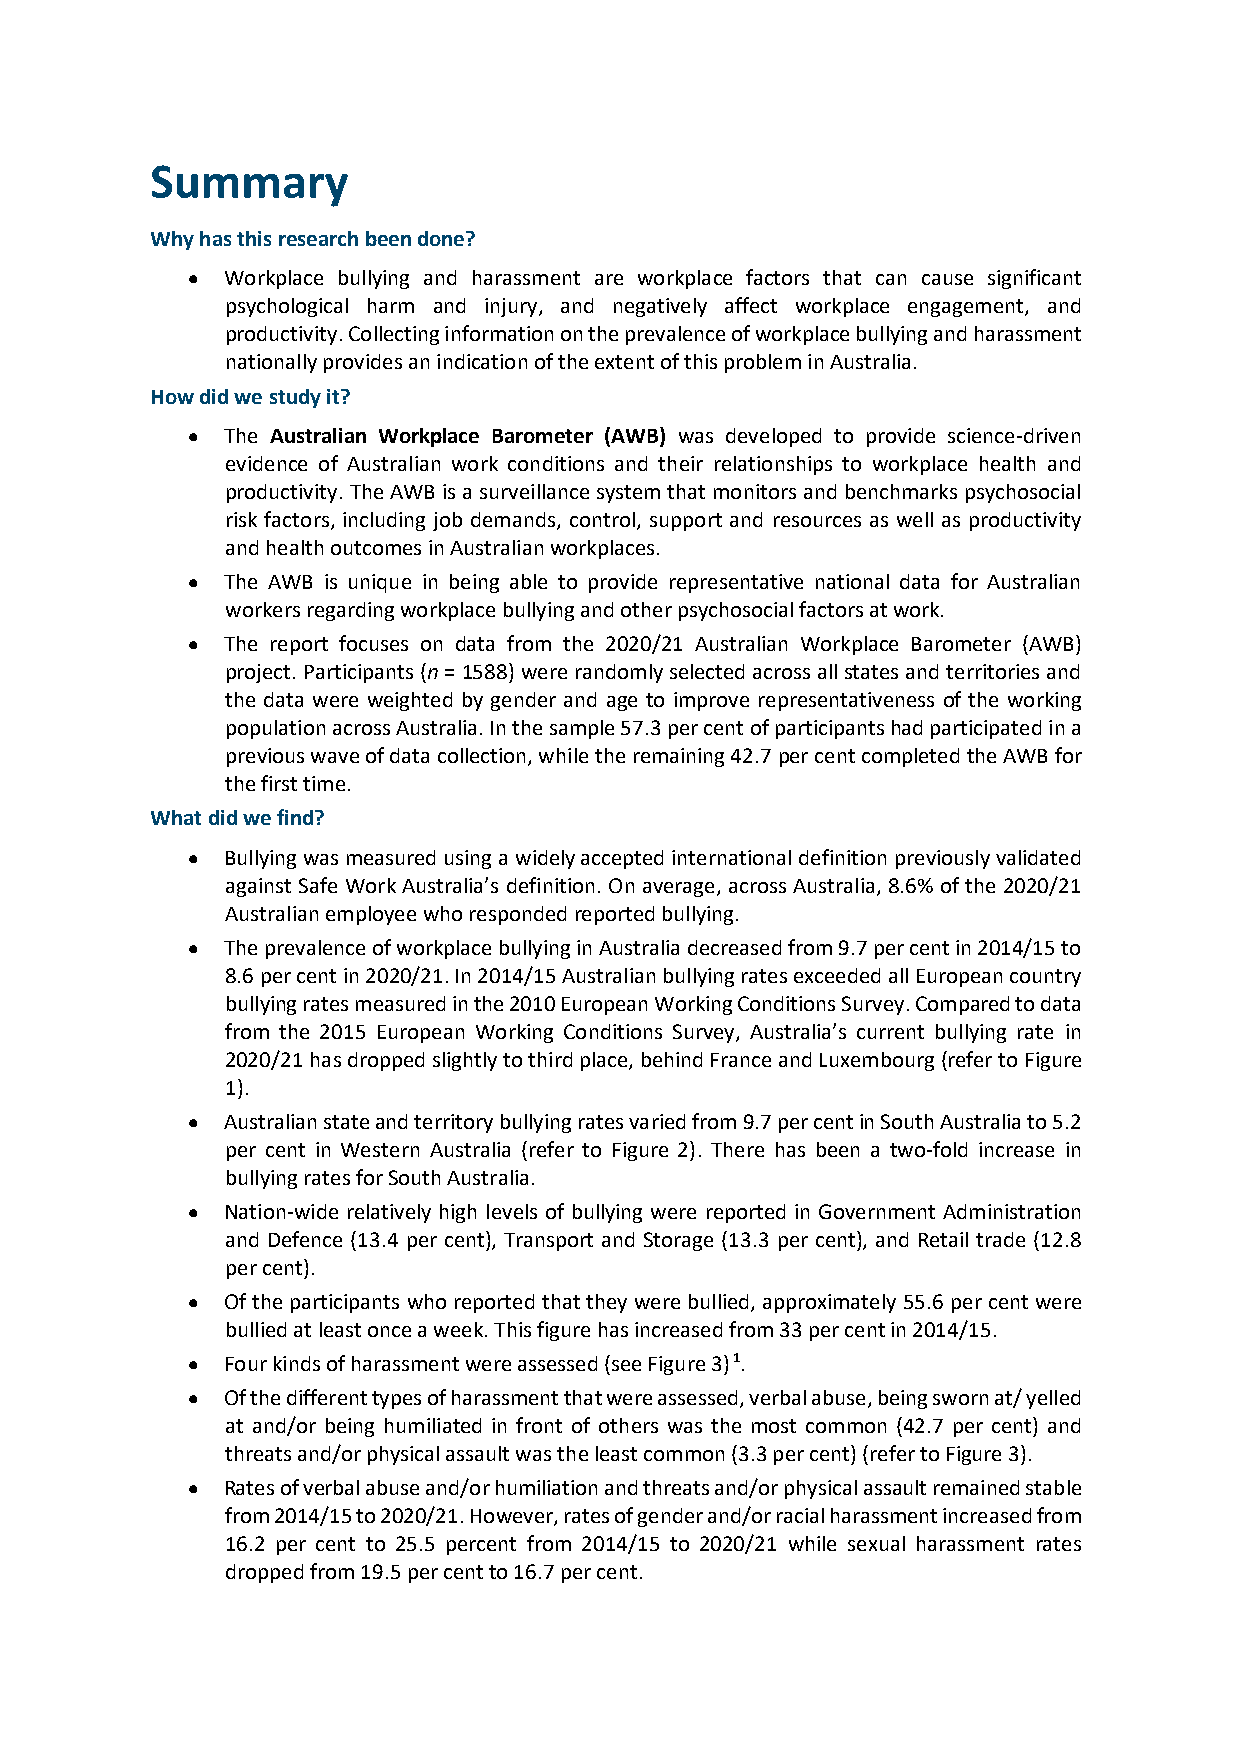
Summary
 Why has this research been done?
 •  Workplace bullying and harassment are workplace factors that can cause significant
 psychological harm and injury, and negatively affect workplace engagement, and
 productivity. Collecting information on the prevalence of workplace bullying and harassment
 nationally provides an indication of the extent of this problem in Australia.
 How did we study it?
 •  The Australian Workplace Barometer (AWB) was developed to provide science-driven
 evidence of Australian work conditions and their relationships to workplace health and
 productivity. The AWB is a surveillance system that monitors and benchmarks psychosocial
 risk factors, including job demands, control, support and resources as well as productivity
 and health outcomes in Australian workplaces.
 •  The AWB is unique in being able to provide representative national data for Australian
 workers regarding workplace bullying and other psychosocial factors at work.
 •  The report focuses on data from the 2020/21 Australian Workplace Barometer (AWB)
 project. Participants (n = 1588) were randomly selected across all states and territories and
 the data were weighted by gender and age to improve representativeness of the working
 population across Australia. In the sample 57.3 per cent of participants had participated in a
 previous wave of data collection, while the remaining 42.7 per cent completed the AWB for
 the first time.
 What did we find?
 •  Bullying was measured using a widely accepted international definition previously validated
 against Safe Work Australia’s definition. On average, across Australia, 8.6% of the 2020/21
 Australian employee who responded reported bullying.
 •  The prevalence of workplace bullying in Australia decreased from 9.7 per cent in 2014/15 to
 8.6 per cent in 2020/21. In 2014/15 Australian bullying rates exceeded all European country
 bullying rates measured in the 2010 European Working Conditions Survey. Compared to data
 from the 2015 European Working Conditions Survey, Australia’s current bullying rate in
 2020/21 has dropped slightly to third place, behind France and Luxembourg (refer to Figure
 1).
 •  Australian state and territory bullying rates varied from 9.7 per cent in South Australia to 5.2
 per cent in Western Australia (refer to Figure 2). There has been a two-fold increase in
 bullying rates for South Australia.
 •  Nation-wide relatively high levels of bullying were reported in Government Administration
 and Defence (13.4 per cent), Transport and Storage (13.3 per cent), and Retail trade (12.8
 per cent).
 •  Of the participants who reported that they were bullied, approximately 55.6 per cent were
 bullied at least once a week. This figure has increased from 33 per cent in 2014/15.
 •  Four kinds of harassment were assessed (see Figure 3) 1.
 •  Of the different types of harassment that were assessed, verbal abuse, being sworn at/ yelled
 at and/or being humiliated in front of others was the most common (42.7 per cent) and
 threats and/or physical assault was the least common (3.3 per cent) (refer to Figure 3).
 •  Rates of verbal abuse and/or humiliation and threats and/or physical assault remained stable
 from 2014/15 to 2020/21. However, rates of gender and/or racial harassment increased from
 16.2 per cent to 25.5 percent from 2014/15 to 2020/21 while sexual harassment rates
 dropped from 19.5 per cent to 16.7 per cent.